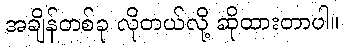
အချိန်တစ်ခု လိုတယ်လို့ ဆိုထားတာပါ။